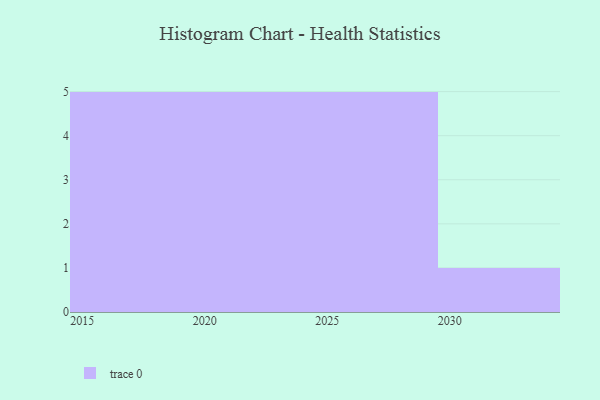
{"axis": {"x": "Year", "y": "LTV (USD)"}, "legend": [""], "data": [{"x": "2021", "y": 37, "type": ""}, {"x": "2018", "y": 91, "type": ""}, {"x": "2016", "y": 63, "type": ""}, {"x": "2026", "y": 69, "type": ""}, {"x": "2024", "y": 61, "type": ""}, {"x": "2028", "y": 3, "type": ""}, {"x": "2020", "y": 39, "type": ""}, {"x": "2015", "y": 34, "type": ""}, {"x": "2029", "y": 71, "type": ""}, {"x": "2023", "y": 18, "type": ""}, {"x": "2022", "y": 68, "type": ""}, {"x": "2019", "y": 57, "type": ""}, {"x": "2027", "y": 96, "type": ""}, {"x": "2025", "y": 100, "type": ""}, {"x": "2017", "y": 6, "type": ""}, {"x": "2030", "y": 61, "type": ""}]}